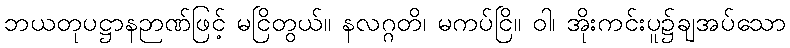
ဘယတုပဋ္ဌာနဉာဏ်ဖြင့် မငြိတွယ်။ နလဂ္ဂတိ၊ မကပ်ငြိ။ ဝါ၊ အိုးကင်းပူ၌ချအပ်သော